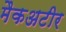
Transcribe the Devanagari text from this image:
मैकअटीर